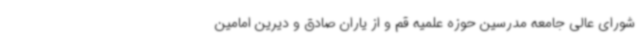
شورای عالی جامعه مدرسین حوزه علمیه قم و از یاران صادق و دیرین امامین